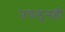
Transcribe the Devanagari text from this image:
उचलूनही